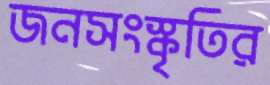
জনসংস্কৃতির